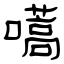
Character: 嚆